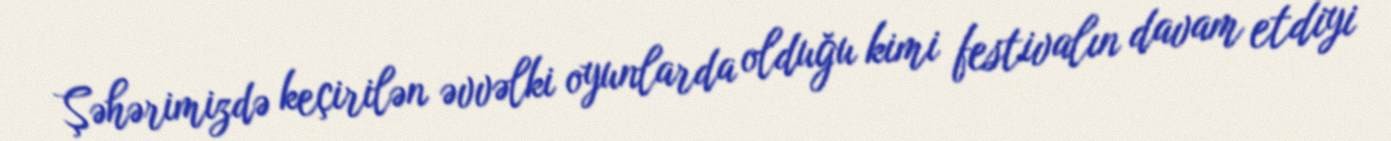
Şəhərimizdə keçirilən əvvəlki oyunlarda olduğu kimi festivalın davam etdiyi